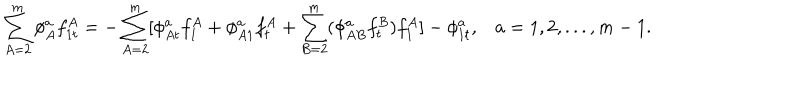
\sum _ { A = 2 } ^ { m } \phi _ { A } ^ { a } f _ { 1 t } ^ { A } = - \sum _ { A = 2 } ^ { m } [ \phi _ { A t } ^ { a } f _ { 1 } ^ { A } + \phi _ { A 1 } ^ { a } f _ { t } ^ { A } + \sum _ { B = 2 } ^ { m } ( \phi _ { A B } ^ { a } f _ { t } ^ { B } ) f _ { 1 } ^ { A } ] - \phi _ { 1 t } ^ { a } , a = 1 , 2 , . . . , m - 1 .